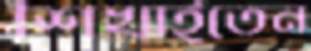
শিখাইতেন